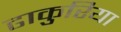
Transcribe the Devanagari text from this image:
ढाकुरिया